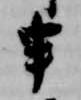
申